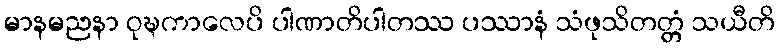
မာနမညနာ ဝုဍ္ဎကာလေပိ ပါဏာတိပါတဿ ပဿာနံ သံဖုသိတတ္တံ သယီတိ